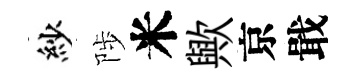
紗陟米歟京戢